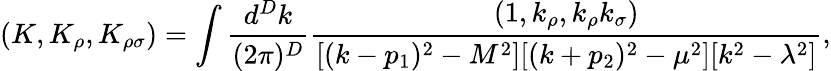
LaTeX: (K,K_{\rho},K_{\rho\sigma})=\int{\frac{d^{D}k}{(2\pi)^{D}}}{\frac{(1,k_{\rho},k_{\rho}k_{\sigma})}{[(k-p_{1})^{2}-M^{2}][(k+p_{2})^{2}-\mu^{2}][k^{2}-\lambda^{2}]}},